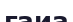
гаиа